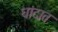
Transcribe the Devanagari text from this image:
धांदात